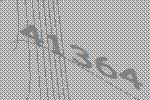
41364